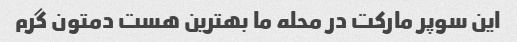
این سوپر مارکت در محله ما بهترین هست دمتون گرم